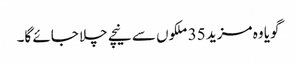
گویا وہ مزید 35 ملکوں سے نیچے چلا جائے گا۔